Vaccine operations Central Provinces & Berar 1922-1929 - 1922-1929
Year: 1922
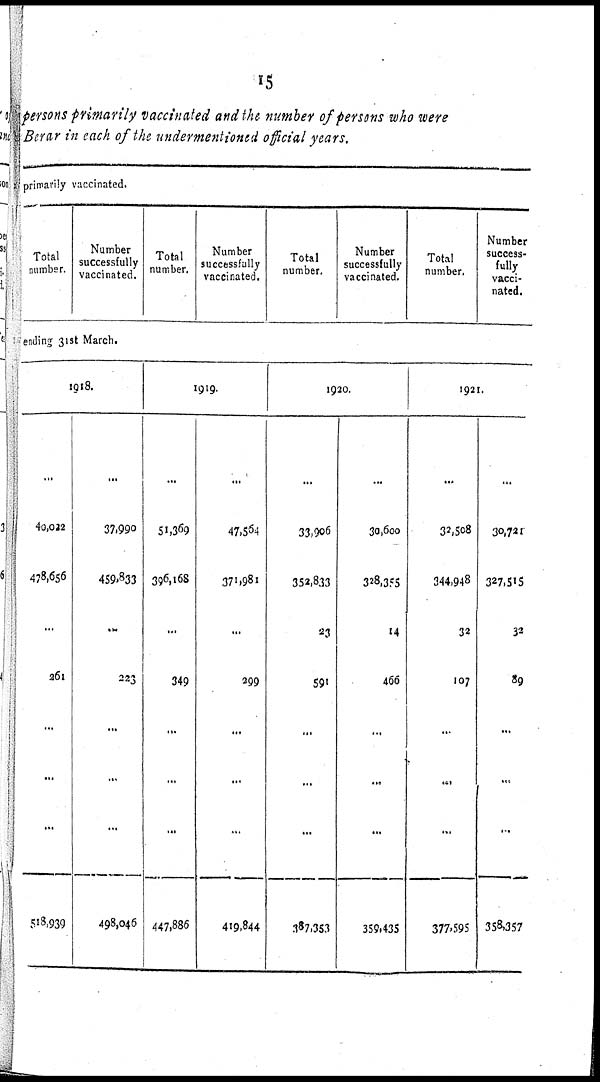
15
persons primarily vaccinated and the number of persons who were
Berar in each of the undermentioned official years.
primarily vaccinated.
Total
number.
Number
successfully
vaccinated.
Total
number.
Number
successfully
vaccinated.
Total
number.
Number
successfully
vaccinated.
Total
number.
Number
success-
fully
vacci-
nated.
ending 31st March.
1918.
...
40,022
478,656
...
261
...
...
...
518,939
...
37,990
459,833
...
223
...
...
...
498,046
1919.
...
51,369
396,168
...
349
...
...
...
447,886
...
47,564
371,981
...
299
...
...
...
419,844
1920.
...
33,906
352,833
23
591
...
...
...
387,353
...
30,600
328,355
14
466
...
...
...
359,435
1921.
...
32,508
344,948
32
107
...
...
...
377,595
...
30,721
327,515
32
89
...
...
...
358,357